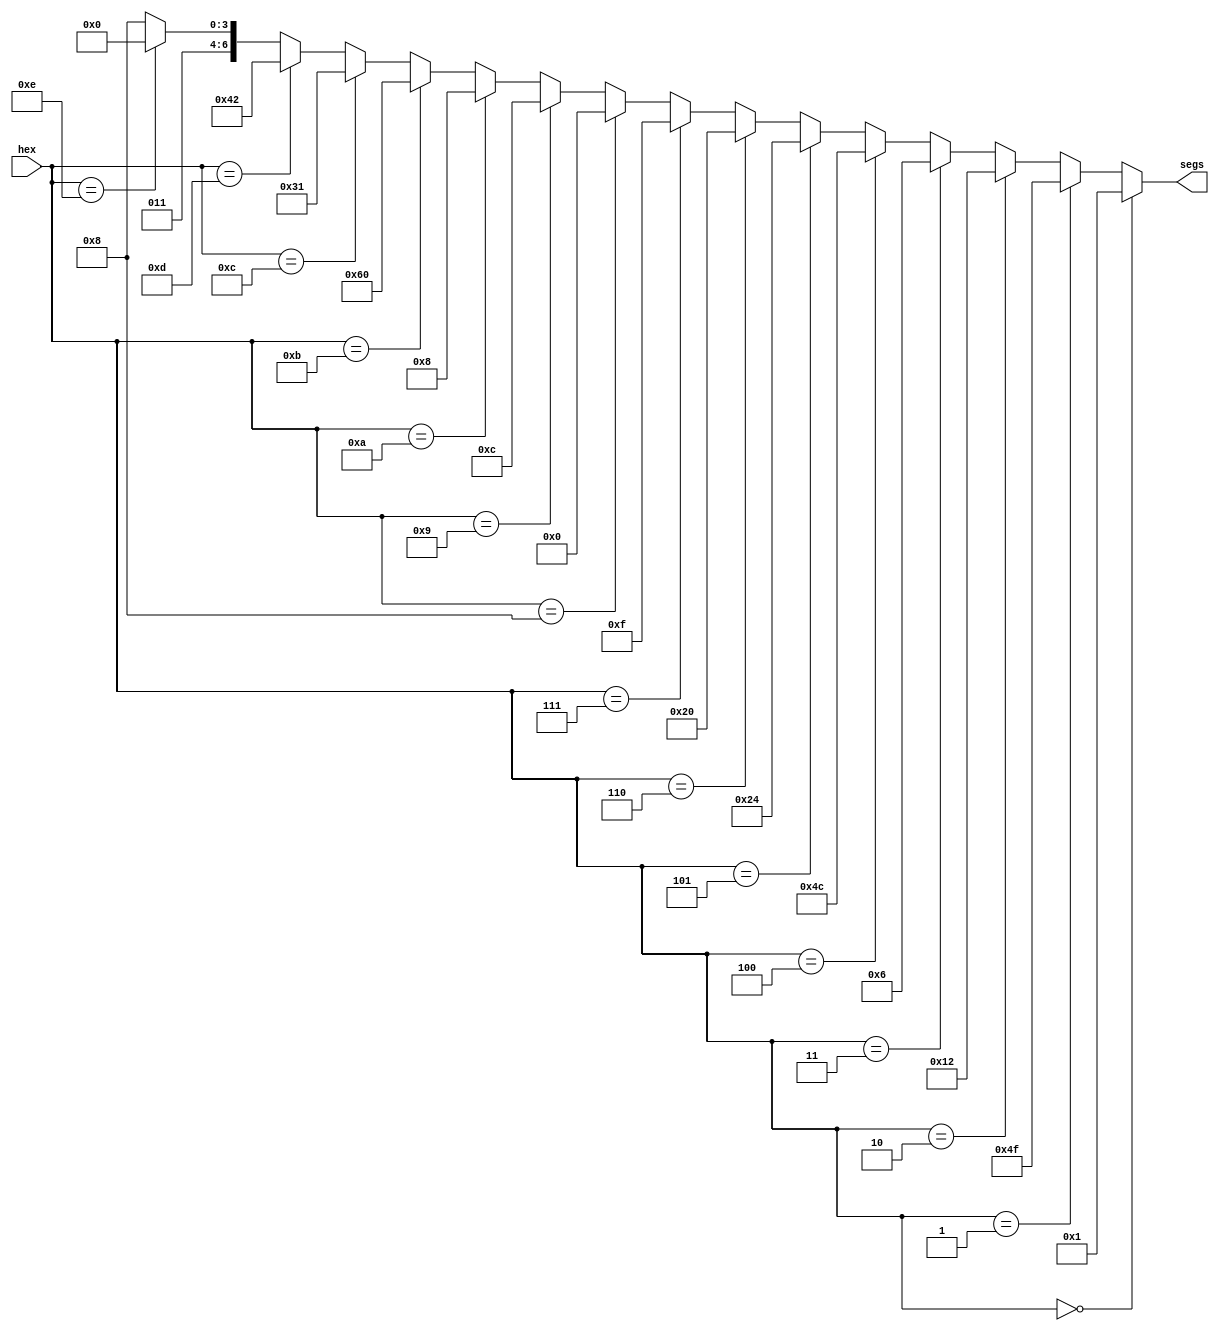
module sevenseg(hex, segs);
input [3:0] hex;
output [6:0] segs;
assign segs = hex==0  ? 'b0000001   // active-low segments
            : hex==1  ? 'b1001111
            : hex==2  ? 'b0010010
            : hex==3  ? 'b0000110
            : hex==4  ? 'b1001100
            : hex==5  ? 'b0100100
            : hex==6  ? 'b0100000
            : hex==7  ? 'b0001111
            : hex==8  ? 'b0000000
            : hex==9  ? 'b0001100
            : hex==10 ? 'b0001000
            : hex==11 ? 'b1100000
            : hex==12 ? 'b0110001
            : hex==13 ? 'b1000010
            : hex==14 ? 'b0110000
            :           'b0111000;
endmodule